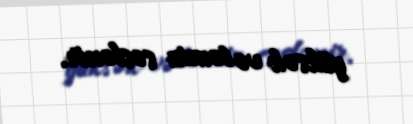
yüksək və təmiz səslənir.